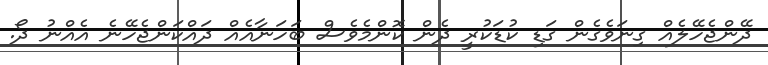
ދޭންޖެހޭލެއް ގިނަވެގެން ގަޑި ކުޑަކުރީ ދެން ކޮންމެވެސް ބަހަނާއެއް ދައްކަންޖެހޭނެ އެއްނު ދޯ.